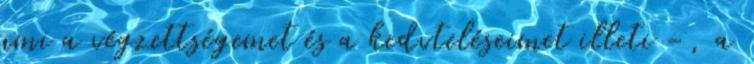
ami a végzettségemet és a kedvteléseimet illeti -, a